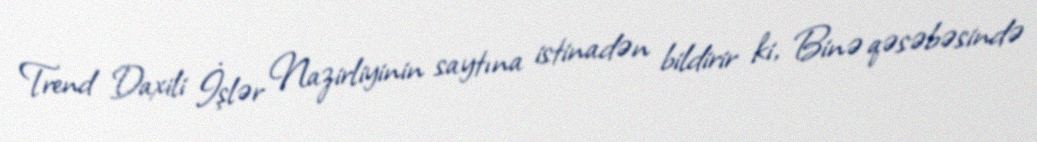
Trend Daxili İşlər Nazirliyinin saytına istinadən bildirir ki, Binə qəsəbəsində